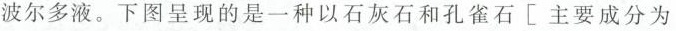
波尔多液。下图呈现的是一种以石灰石和孔雀石[主要成分为